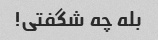
بله چه شگفتی!